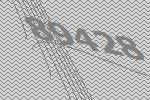
89428